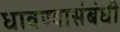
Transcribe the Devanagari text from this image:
धावण्यासंबंधी